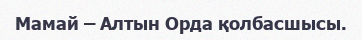
Мамай – Алтын Орда қолбасшысы.